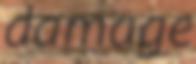
damage